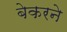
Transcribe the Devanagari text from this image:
बेकरने